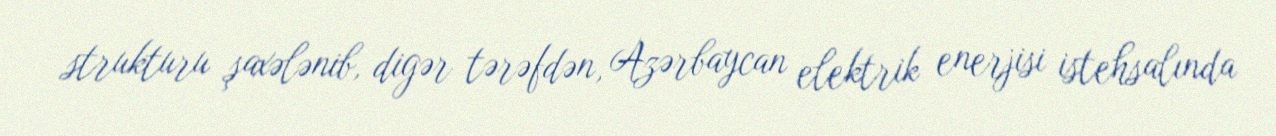
strukturu şaxələnib, digər tərəfdən, Azərbaycan elektrik enerjisi istehsalında